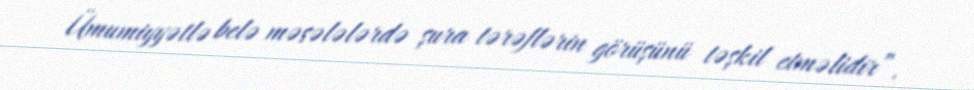
Ümumiyyətlə belə məsələlərdə şura tərəflərin görüşünü təşkil etməlidir”.